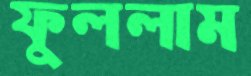
ফুললাম